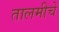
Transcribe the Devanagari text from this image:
तालमीचे